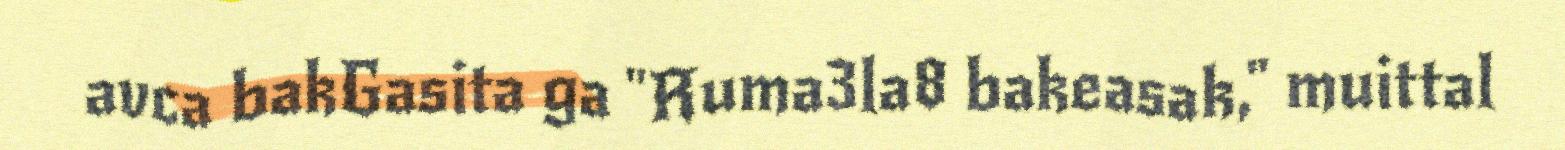
avca bakGasita ga "Ruma3la8 bakeasak," muittal